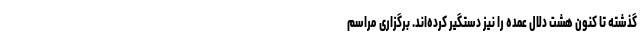
گذشته تا کنون هشت دلال عمده را نیز دستگیر کرده‌اند. برگزاری مراسم